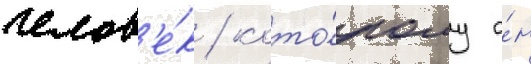
челов'е́к / кото́рому о́н